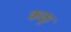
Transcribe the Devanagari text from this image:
ककू